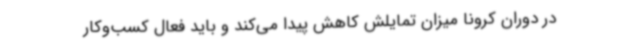
در دوران کرونا میزان تمایلش کاهش پیدا می‌کند و باید فعال کسب‌وکار